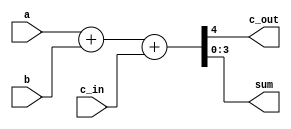

//behaviorial 4 bit adder
module Add_4(c_out, sum, a, b, c_in);
    output c_out;
    output [3:0] sum;
    input [3:0] a, b;
    input c_in;
    assign {c_out, sum} = a + b + c_in;
endmodule

//signed BCD adder
module BCD_sign_adder_4(sum, cout, addend, augend, cin);
    output [3:0] sum;
    output cout;
    input [3:0] addend, augend;
    input cin;
    wire [3:0] augend_complement, augend_out;

    //instantiate a 9's complement module for subtraction
    BCD_9_complement m1(augend_complement, augend);

    //instantiate quad 2X1 mux
    mux_quad_2x1 m2(augend_out, augend, augend_complement, cin);

    //instantiate bcd adder
    BCD_usign_adder_4 m3(sum, cout, addend, augend_out, cin);

endmodule

//Unsigned BCD adder
module BCD_usign_adder_4(sum, cout, addend, augend, cin);
    output [3:0] sum;
    output cout;
    input [3:0] addend, augend;
    input cin;
    wire [3:0] add_1_out, add_2_addend;
    wire carry_1_out, carry_2_out;
    supply0 gnd;

    // initiate first 4 bit unsigned adder
    Add_4 adder1(carry_1_out, add_1_out, addend, augend, cin);
    assign cout = carry_1_out | add_1_out[3]&add_1_out[2] | add_1_out[3]&add_1_out[1];

    //assign add_2_addend = {1'b0, cout, cout, 1'b0};
    // initiate second 4 bit unsigned adder
    Add_4 adder2(carry_2_out, sum, {1'b0, cout, cout, 1'b0}, add_1_out, 1'b0);

endmodule

//bcd 9's complement
module BCD_9_complement(a, x);
    output [3:0] a;
    input [3:0] x;

    //A = w'x'y'
    //B = x'y + xy'
    //C = y
    //D = z'
    assign a[3] = ~x[3] & ~x[2] & ~x[1];
    assign a[2] = x[2] ^ x[1];
    assign a[1] = x[1];
    assign a[0] = ~x[0];
endmodule

//Behavioral quad 2x1 Mux
module mux_quad_2x1(m_out, a, b, select);
    output [3:0] m_out;
    input [3:0] a, b;
    input select;
    reg [3:0] m_out;

    always @ (a, b, select)
        case (select)
            1'b0: m_out <= a;
            1'b1: m_out <= b; 
        endcase
endmodule

// test bench for testing quad 2X1 mux
/*module mux_tb;
    reg [3:0] a, b;
    reg sel;
    wire [3:0] mout;

    mux_quad_2x1 mux(mout, a, b, sel);
    //stimulus block
    initial #300 $finish;
    
    initial
        begin
            a = 4'b0101;
            b = 4'b1111;
            sel = 1'b0;
            #100;
            sel = 1'b1;
            #100;
        end
    initial $monitor("a = %d, b = %d, sel = %d, mout = %d", a, b, sel, mout);
endmodule
*/
// test bench for bcd adder subtractor
module BCD_usign_tb;
    reg [3:0] a, b;
    reg c_in;
    wire [3:0] s;
    wire c_out;
    integer i, j, k;

    //Instantiate UUT
    BCD_sign_adder_4 UUT(s, c_out, a, b, c_in);
    
    //stimulus block
    initial #30000 $finish;
    
    initial
        begin
            c_in = 1'b0;
            for (i = 0; i <= 1; i = i+1) begin
                c_in = i; #50;
                for (j = 0; j <= 9; j = j+1) begin
                    a = j; #50;
                    for (k = 0; k <= 9; k = k+1) begin
                        b = k; #50;
                    end
                end

            end
        end
    initial $monitor("a = %d, b = %d, c_in = %d, sum = %d%d", a, b, c_in, c_out, s);
endmodule